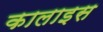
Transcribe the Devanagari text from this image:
कालाइस